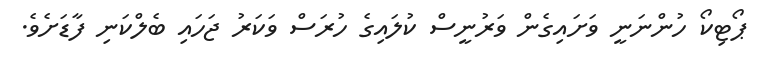
ޕޯޓިކޯ ހުންނަނީ ވަށައިގެން ވަރުނީސް ކުލައިގެ ހުރަސް ވަކަރު ޖަހައި ބެލްކަނި ފާޑަށެވެ.